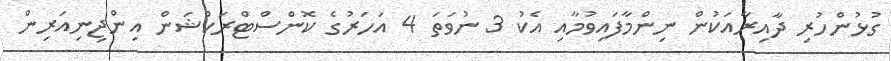
ގުޅުންހުރި ދާއިރާއަކުން ނިންމާފައިވުމާއި އެކު 3 ނުވަތަ 4 އަހަރުގެ ކޮންސްޓްރަކްޝަން އިންޖިނިއަރިން